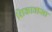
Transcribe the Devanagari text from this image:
शिकावासा